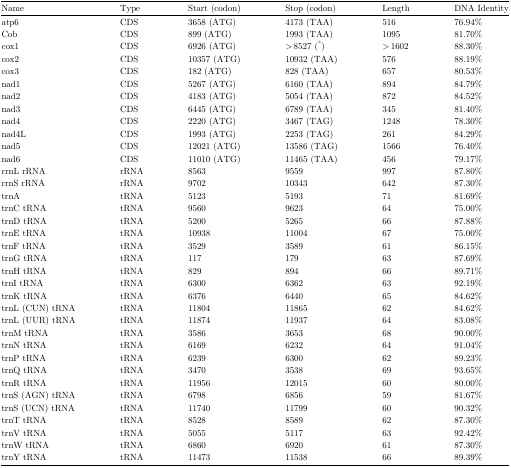
<table><thead><tr><td><b>Name</b></td><td><b>Type</b></td><td><b>Start (codon)</b></td><td><b>Stop (codon)</b></td><td><b>Length</b></td><td><b>DNA Identity</b></td></tr></thead><tbody><tr><td>atp6</td><td>CDS</td><td>3658 (ATG)</td><td>4173 (TAA)</td><td>516</td><td>76.94%</td></tr><tr><td>Cob</td><td>CDS</td><td>899 (ATG)</td><td>1993 (TAA)</td><td>1095</td><td>81.70%</td></tr><tr><td>cox1</td><td>CDS</td><td>6926 (ATG)</td><td>&gt; 8527 (*)</td><td>&gt; 1602</td><td>88.30%</td></tr><tr><td>cox2</td><td>CDS</td><td>10357 (ATG)</td><td>10932 (TAA)</td><td>576</td><td>88.19%</td></tr><tr><td>cox3</td><td>CDS</td><td>182 (ATG)</td><td>828 (TAA)</td><td>657</td><td>80.53%</td></tr><tr><td>nad1</td><td>CDS</td><td>5267 (ATG)</td><td>6160 (TAA)</td><td>894</td><td>84.79%</td></tr><tr><td>nad2</td><td>CDS</td><td>4183 (ATG)</td><td>5054 (TAA)</td><td>872</td><td>84.52%</td></tr><tr><td>nad3</td><td>CDS</td><td>6445 (ATG)</td><td>6789 (TAA)</td><td>345</td><td>81.40%</td></tr><tr><td>nad4</td><td>CDS</td><td>2220 (ATG)</td><td>3467 (TAG)</td><td>1248</td><td>78.30%</td></tr><tr><td>nad4L</td><td>CDS</td><td>1993 (ATG)</td><td>2253 (TAG)</td><td>261</td><td>84.29%</td></tr><tr><td>nad5</td><td>CDS</td><td>12021 (ATG)</td><td>13586 (TAG)</td><td>1566</td><td>76.40%</td></tr><tr><td>nad6</td><td>CDS</td><td>11010 (ATG)</td><td>11465 (TAA)</td><td>456</td><td>79.17%</td></tr><tr><td>rrnL rRNA</td><td>rRNA</td><td>8563</td><td>9559</td><td>997</td><td>87.80%</td></tr><tr><td>rrnS rRNA</td><td>rRNA</td><td>9702</td><td>10343</td><td>642</td><td>87.30%</td></tr><tr><td>trnA</td><td>tRNA</td><td>5123</td><td>5193</td><td>71</td><td>81.69%</td></tr><tr><td>trnC tRNA</td><td>tRNA</td><td>9560</td><td>9623</td><td>64</td><td>75.00%</td></tr><tr><td>trnD tRNA</td><td>tRNA</td><td>5200</td><td>5265</td><td>66</td><td>87.88%</td></tr><tr><td>trnE tRNA</td><td>tRNA</td><td>10938</td><td>11004</td><td>67</td><td>75.00%</td></tr><tr><td>trnF tRNA</td><td>tRNA</td><td>3529</td><td>3589</td><td>61</td><td>86.15%</td></tr><tr><td>trnG tRNA</td><td>tRNA</td><td>117</td><td>179</td><td>63</td><td>87.69%</td></tr><tr><td>trnH tRNA</td><td>tRNA</td><td>829</td><td>894</td><td>66</td><td>89.71%</td></tr><tr><td>trnI tRNA</td><td>tRNA</td><td>6300</td><td>6362</td><td>63</td><td>92.19%</td></tr><tr><td>trnK tRNA</td><td>tRNA</td><td>6376</td><td>6440</td><td>65</td><td>84.62%</td></tr><tr><td>trnL (CUN) tRNA</td><td>tRNA</td><td>11804</td><td>11865</td><td>62</td><td>84.62%</td></tr><tr><td>trnL (UUR) tRNA</td><td>tRNA</td><td>11874</td><td>11937</td><td>64</td><td>83.08%</td></tr><tr><td>trnM tRNA</td><td>tRNA</td><td>3586</td><td>3653</td><td>68</td><td>90.00%</td></tr><tr><td>trnN tRNA</td><td>tRNA</td><td>6169</td><td>6232</td><td>64</td><td>91.04%</td></tr><tr><td>trnP tRNA</td><td>tRNA</td><td>6239</td><td>6300</td><td>62</td><td>89.23%</td></tr><tr><td>trnQ tRNA</td><td>tRNA</td><td>3470</td><td>3538</td><td>69</td><td>93.65%</td></tr><tr><td>trnR tRNA</td><td>tRNA</td><td>11956</td><td>12015</td><td>60</td><td>80.00%</td></tr><tr><td>trnS (AGN) tRNA</td><td>tRNA</td><td>6798</td><td>6856</td><td>59</td><td>81.67%</td></tr><tr><td>trnS (UCN) tRNA</td><td>tRNA</td><td>11740</td><td>11799</td><td>60</td><td>90.32%</td></tr><tr><td>trnT tRNA</td><td>tRNA</td><td>8528</td><td>8589</td><td>62</td><td>87.30%</td></tr><tr><td>trnV tRNA</td><td>tRNA</td><td>5055</td><td>5117</td><td>63</td><td>92.42%</td></tr><tr><td>trnW tRNA</td><td>tRNA</td><td>6860</td><td>6920</td><td>61</td><td>87.30%</td></tr><tr><td>trnY tRNA</td><td>tRNA</td><td>11473</td><td>11538</td><td>66</td><td>89.39%</td></tr></tbody></table>